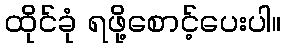
ထိုင်ခုံ ရဖို့စောင့်ပေးပါ။